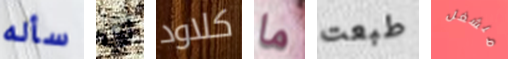
سأله أي كلاود ما طبعت منشغل